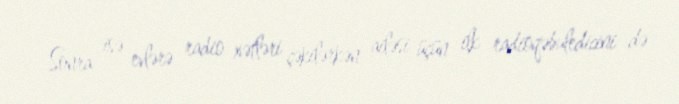
Sonra isə evlərə radio xətləri çəkilərkən ailəsi üçün ilk radioqəbuledicini də